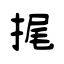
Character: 捤